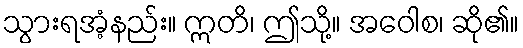
သွားရအံ့နည်း။ ဣတိ၊ ဤသို့။ အဝေါစ၊ ဆို၏။